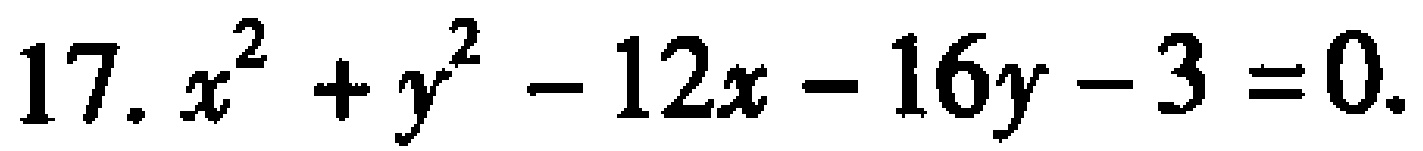
$17. x^{2}+y^{2}-12x - 16y - 3 = 0.$